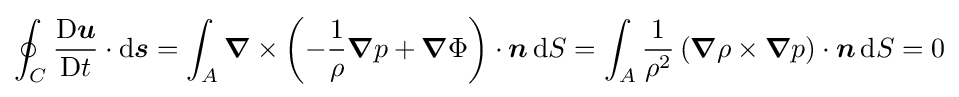
\oint _{C}{\frac {\mathrm {D} {\boldsymbol {u}}}{\mathrm {D} t}}\cdot \mathrm {d} {\boldsymbol {s}}=\int _{A}{\boldsymbol {\nabla }}\times \left(-{\frac {1}{\rho }}{\boldsymbol {\nabla }}p+{\boldsymbol {\nabla }}\Phi \right)\cdot {\boldsymbol {n}}\,\mathrm {d} S=\int _{A}{\frac {1}{\rho ^{2}}}\left({\boldsymbol {\nabla }}\rho \times {\boldsymbol {\nabla }}p\right)\cdot {\boldsymbol {n}}\,\mathrm {d} S=0